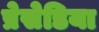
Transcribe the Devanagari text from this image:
प्रेसेडिया